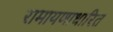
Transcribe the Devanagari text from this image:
रामायणाधारित